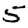
Digit: 5